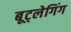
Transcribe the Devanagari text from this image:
बूट्लेगिंग